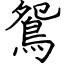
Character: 鴛